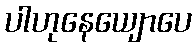
ပါဟုနေယျောပေ